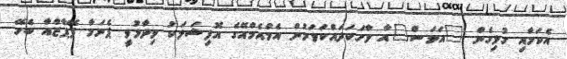
އެކަމާއި ގުޅިގެން "އަވަސް"އާ ވާހަކަދައްކަވަމުން އެމްއެމްއޭގެ އޮފިޝަލަކު ވިދާޅުވީ ޕެނަމާ ޕޭޕާޒްއާ ބެހޭ